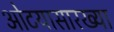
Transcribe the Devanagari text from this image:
ओटयासारख्या